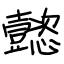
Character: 懿